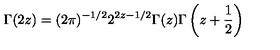
\Gamma ( 2 z ) = ( 2 \pi ) ^ { - 1 / 2 } 2 ^ { 2 z - 1 / 2 } \Gamma ( z ) \Gamma \left( z + \frac { 1 } { 2 } \right)